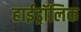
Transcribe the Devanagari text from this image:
हाईड्रॉलिक